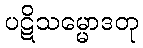
ပဋိသမ္မောဒတု